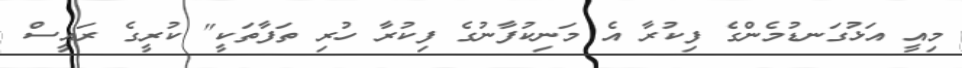
މިއީ އަޅުގަނޑުމެންގެ ފިކުރާ އެ މަނިކުފާނުގެ ފިކުރާ ހުރި ތަފާތަކީ" ކުރީގެ ރައީސް